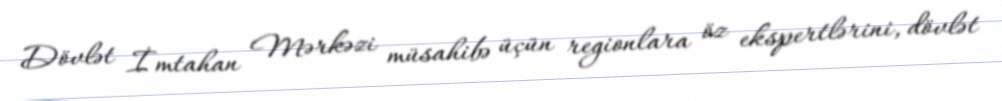
Dövlət İmtahan Mərkəzi müsahibə üçün regionlara öz ekspertlərini, dövlət